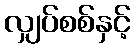
လျှပ်စစ်နှင့်